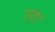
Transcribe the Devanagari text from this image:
पवः